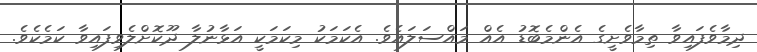
ދިމާވެފައިވާ ތިމާވެށީގެ އެންމެބޮޑު އެއް މައްސަލައެވެ. އެކަމަކު މިކަމަކީ އަޅާނުލާ ދޫކޮށްލެވިފައިވާ ކަމެކެވެ.